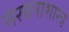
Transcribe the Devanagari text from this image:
संरचनाशास्त्र